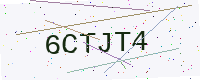
Text: 6CTJT4